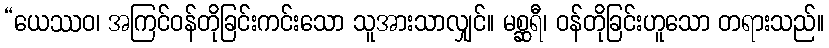
“ယေဿဝ၊ အကြင်ဝန်တိုခြင်းကင်းသော သူအားသာလျှင်။ မစ္ဆရီ၊ ဝန်တိုခြင်းဟူသော တရားသည်။